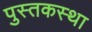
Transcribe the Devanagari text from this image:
पुस्तकस्था